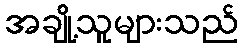
အချို့သူများသည်